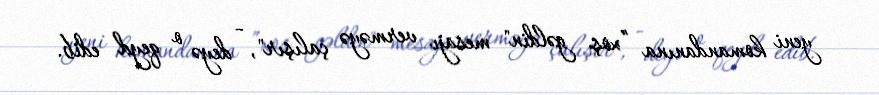
yeni komandanına ”xoş gəldin" mesajı verməyə çalışır", - deyə o qeyd edib.